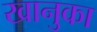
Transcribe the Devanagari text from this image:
खानुका